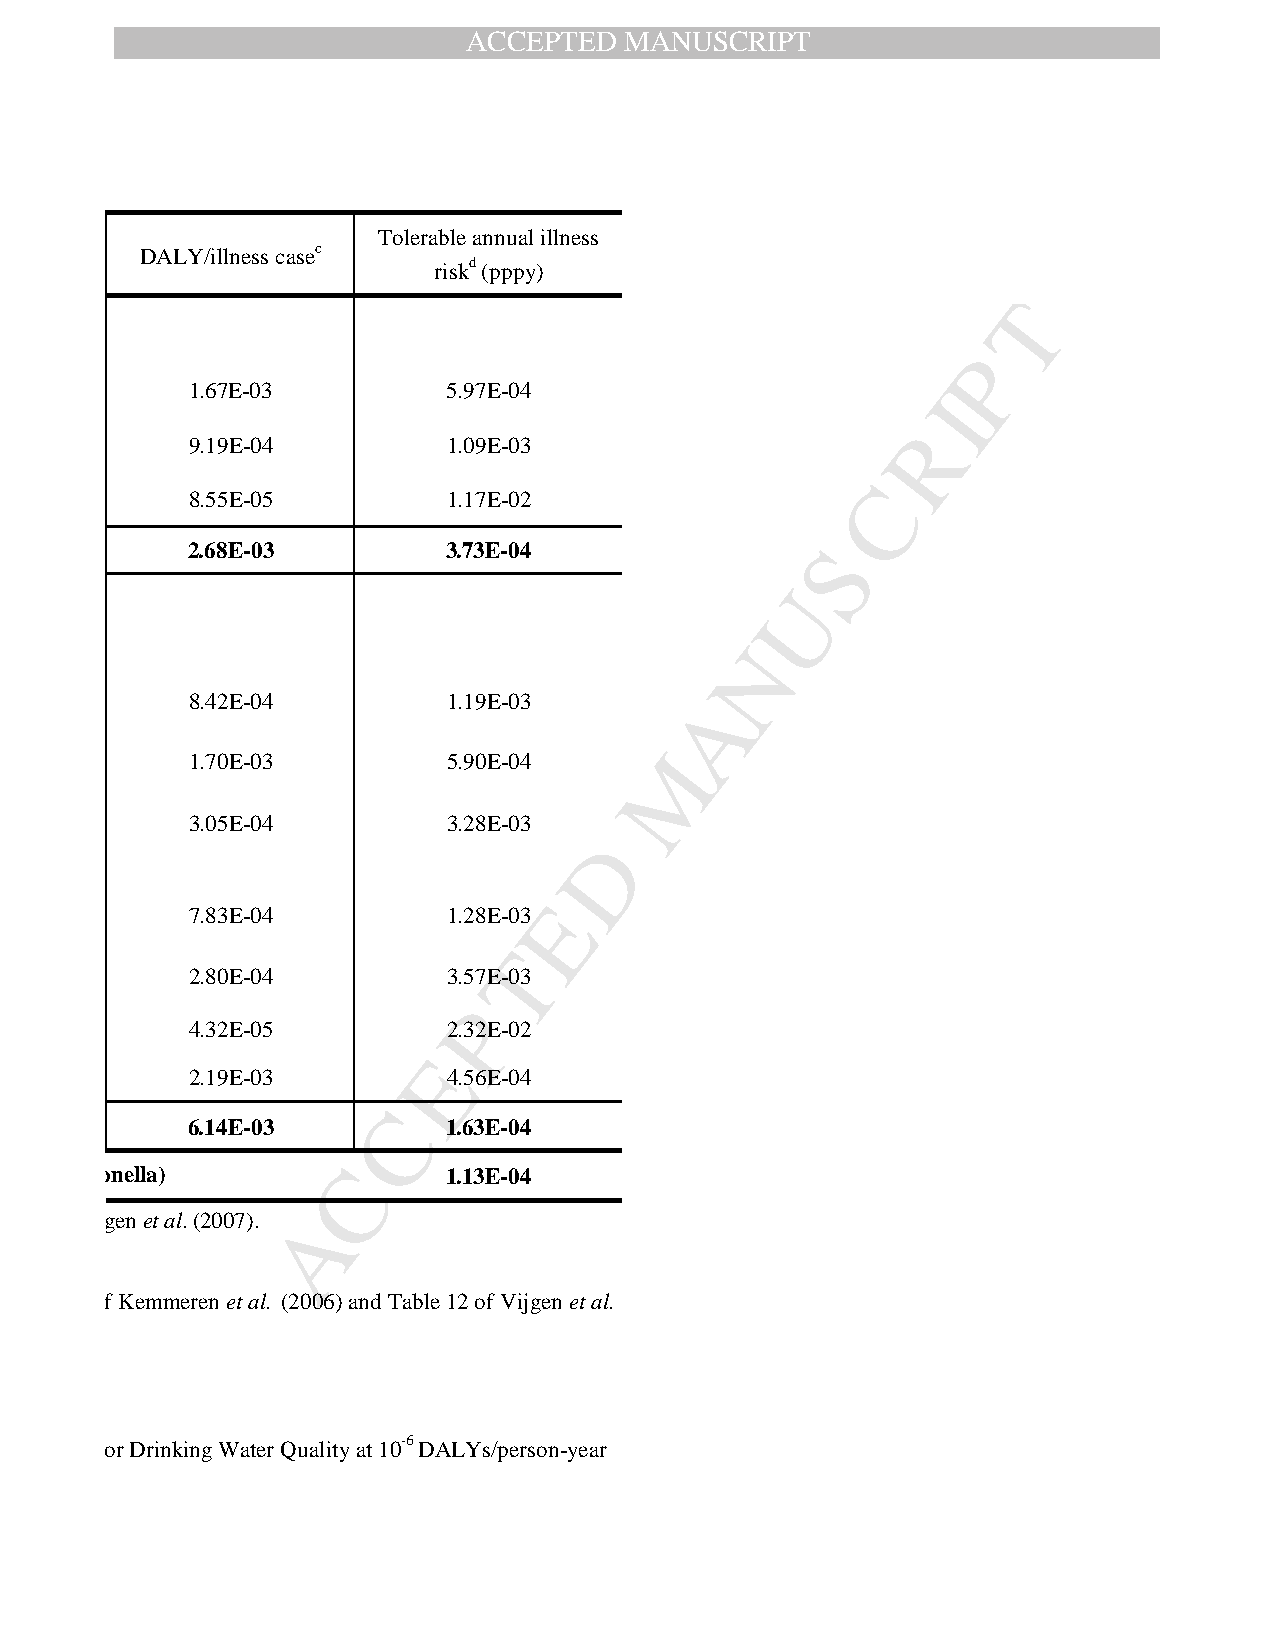
ACCEPTED  MANUSCRIPT
 Tolerable annual illness
 DALY/illness casec
 riskd (pppy)
 T
 P
 1.67E-03         5.97E-04                        I
 R
 9.19E-04         1.09E-03
 C
 8.55E-05         1.17E-02
 2.68E-03          3.73E-04                S
 U
 N
 8.42E-04         1.19E-03        A
 M
 1.70E-03         5.90E-04
 3.05E-04         3.28E-03
 D
 E
 7.83E-04         1.28E-03
 T
 2.80E-04         3.57E-03
 P
 4.32E-05         2.32E-02
 E
 2.19E-03         4.56E-04
 C
 6.14E-03          1.63E-04
 C
 Aggregate tolerable annual risk (due to Giardia and Salmonella) 1.13E-04
 (2006) and Table 12 of Vijgen et al.(2007). A
 (2006), Duration of illness reported in Table 18 of Kemmeren et al. (2006) and Table 12 of Vijgen et al.
 Tolerable annual illness risk is calculated based on the tolerable disease burden set in the WHO Guidelines for Drinking Water Quality at 10-6 DALYs/person-year